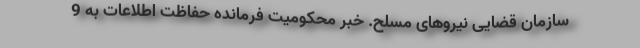
سازمان قضایی نیروهای مسلح. خبر محکومیت فرمانده حفاظت اطلاعات به 9